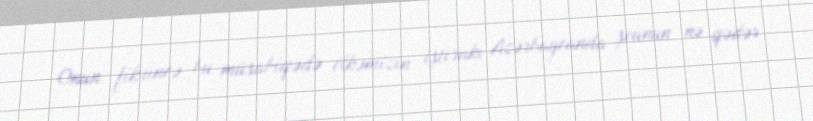
Onun fikrincə, bu müsabiqədə ölkəmizin iştirakı Azərbaycanda şounun nə qədər